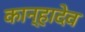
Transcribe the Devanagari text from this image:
कान्हादेव